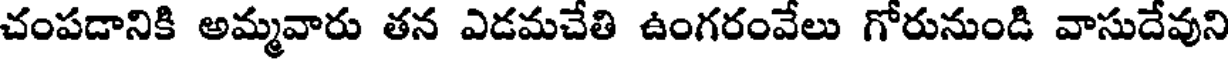
చంపడానికి అమ్మవారు తన ఎడమచేతి ఉంగరంవేలు గోరునుండి వాసుదేవుని